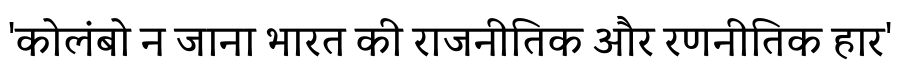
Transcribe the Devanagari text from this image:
'कोलंबो न जाना भारत की राजनीतिक और रणनीतिक हार'